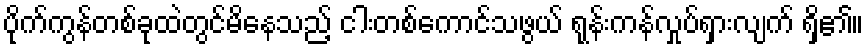
ပိုက်ကွန်တစ်ခုထဲတွင်မိနေသည့် ငါးတစ်ကောင်သဖွယ် ရုန်းကန်လှုပ်ရှားလျက် ရှိ၏။